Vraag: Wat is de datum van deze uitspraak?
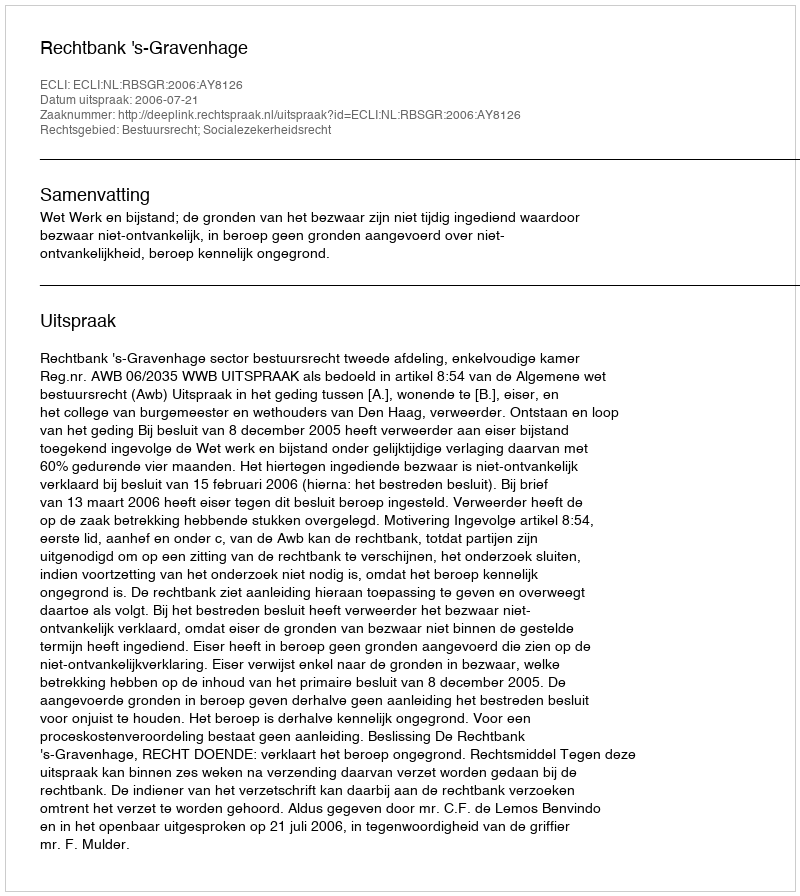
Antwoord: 2006-07-21